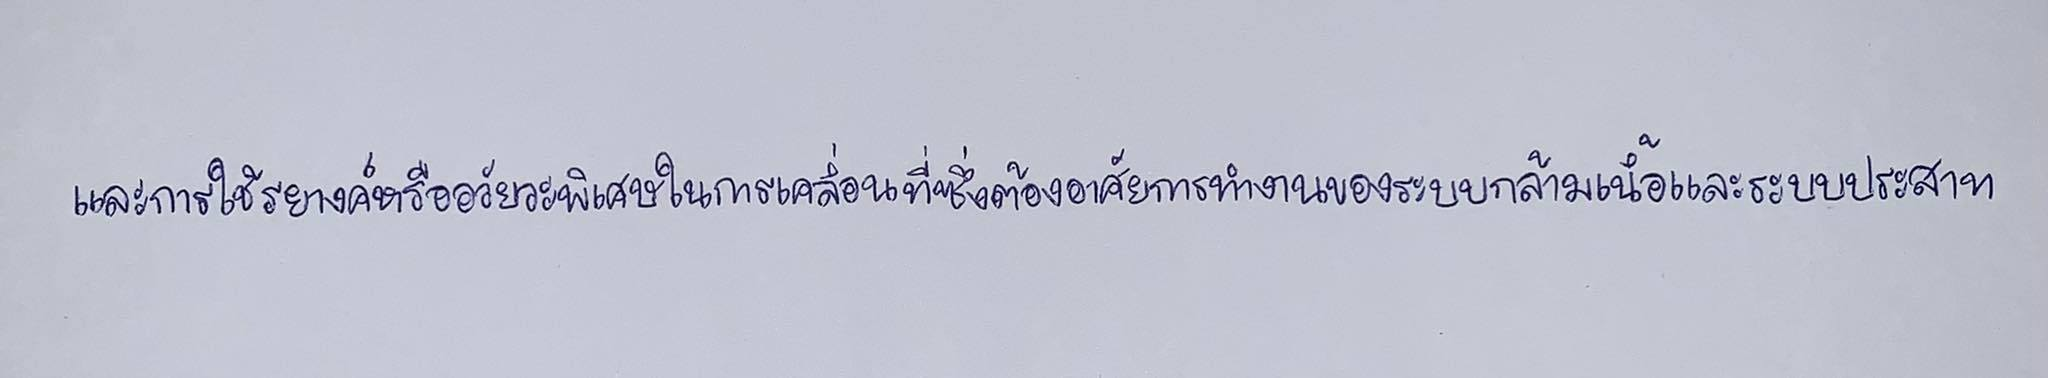
และการใช้รยางค์หรืออวัยวะพิเศษในการเคลื่อนที่ซึ่งต้องอาศัยการทำงานของระบบกล้ามเนื้อและระบบประสาท